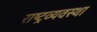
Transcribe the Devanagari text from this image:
राष्ट्रव्यवस्था